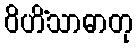
ဝိဟိံသာဓာတု